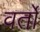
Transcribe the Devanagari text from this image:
वर्तों